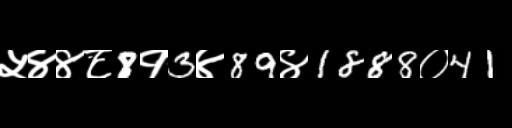
Text: ५४४८8१3४89४1888०41